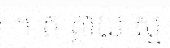
។ ត ត្ថាយ ស្ម